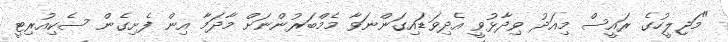
"މަޖިލީހުގެ ރައީސް މިއަދު ވިދާޅުވީ އެދިވަޑައިގަންނަވާ މެމްބަރުންނަށް މާދަމާ އިން ފެށިގެން ސެކިއުރިޓީ